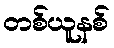
တစ်ယူနစ်